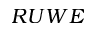
R U W E